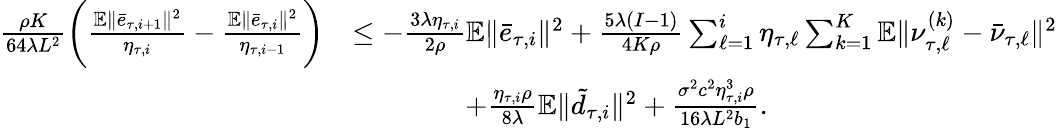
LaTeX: \begin{array}{rl}{\frac{\rho K}{64\lambda L^{2}}\bigg(\frac{\mathbb{E}\| \bar{e}_{\tau,i+1}\| ^{2}}{\eta_{\tau,i}}-\frac{\mathbb{E}\| \bar{e}_{\tau,i}\| ^{2}}{\eta_{\tau,i-1}}\bigg)}&{\leq-\frac{3\lambda\eta_{\tau,i}}{2\rho}\mathbb{E}\| \bar{e}_{\tau,i}\| ^{2}+\frac{5\lambda(I-1)}{4K\rho}\sum_{\ell=1}^{i}\eta_{\tau,\ell}\sum_{k=1}^{K}\mathbb{E}\| \nu_{\tau,\ell}^{(k)}-\bar{\nu}_{\tau,\ell}\| ^{2}}\\ &{\qquad\qquad+\frac{\eta_{\tau,i}\rho}{8\lambda}\mathbb{E}\| \tilde{d}_{\tau,i}\| ^{2}+\frac{\sigma^{2}c^{2}\eta_{\tau,i}^{3}\rho}{16\lambda L^{2}b_{1}}.}\end{array}